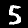
Label: 5